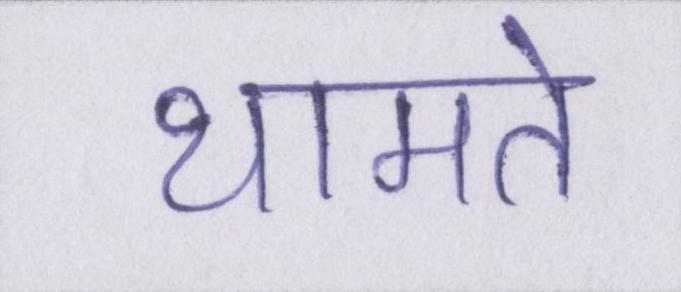
थामते